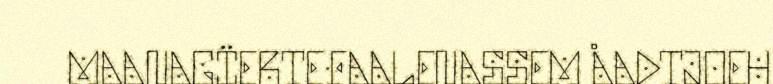
MAANAGÏERTEFAALENASSEM ÅADTJOEH